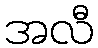
အလီ